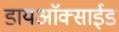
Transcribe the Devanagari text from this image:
डायअाॅक्साईड